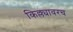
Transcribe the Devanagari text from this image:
किल्ल्यावरच